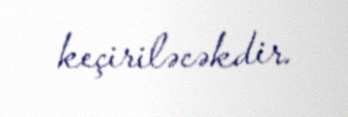
keçiriləcəkdir.